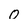
Character: 0